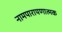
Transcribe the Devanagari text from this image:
नामपारायणात्मक